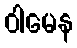
ဝါမေန